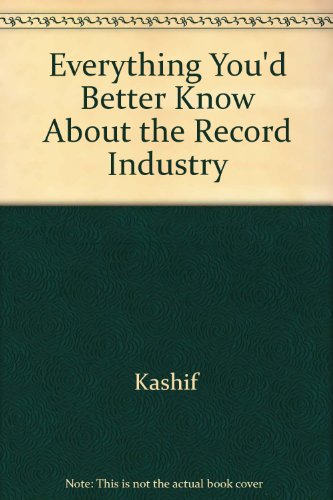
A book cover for Everything You'd Better Know About the Record Industry; Kashif; Arts & Photography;